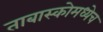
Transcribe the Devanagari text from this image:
ताबास्कोमध्येच